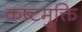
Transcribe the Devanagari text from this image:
कष्टमुक्ति